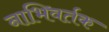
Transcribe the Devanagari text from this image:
नाभिवर्तक